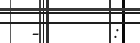
-      :